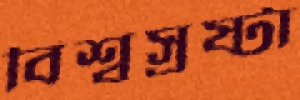
বিশ্বস্রষ্টা